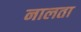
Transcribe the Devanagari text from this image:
नालता